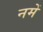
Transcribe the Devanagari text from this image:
नमें